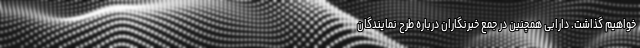
خواهیم گذاشت. دارابی همچنین در جمع خبرنگاران درباره طرح نمایندگان